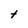
Character: t